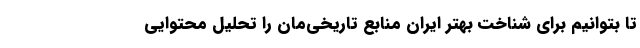
تا بتوانیم برای شناخت بهتر ایران منابع تاریخی‌مان را تحلیل محتوایی